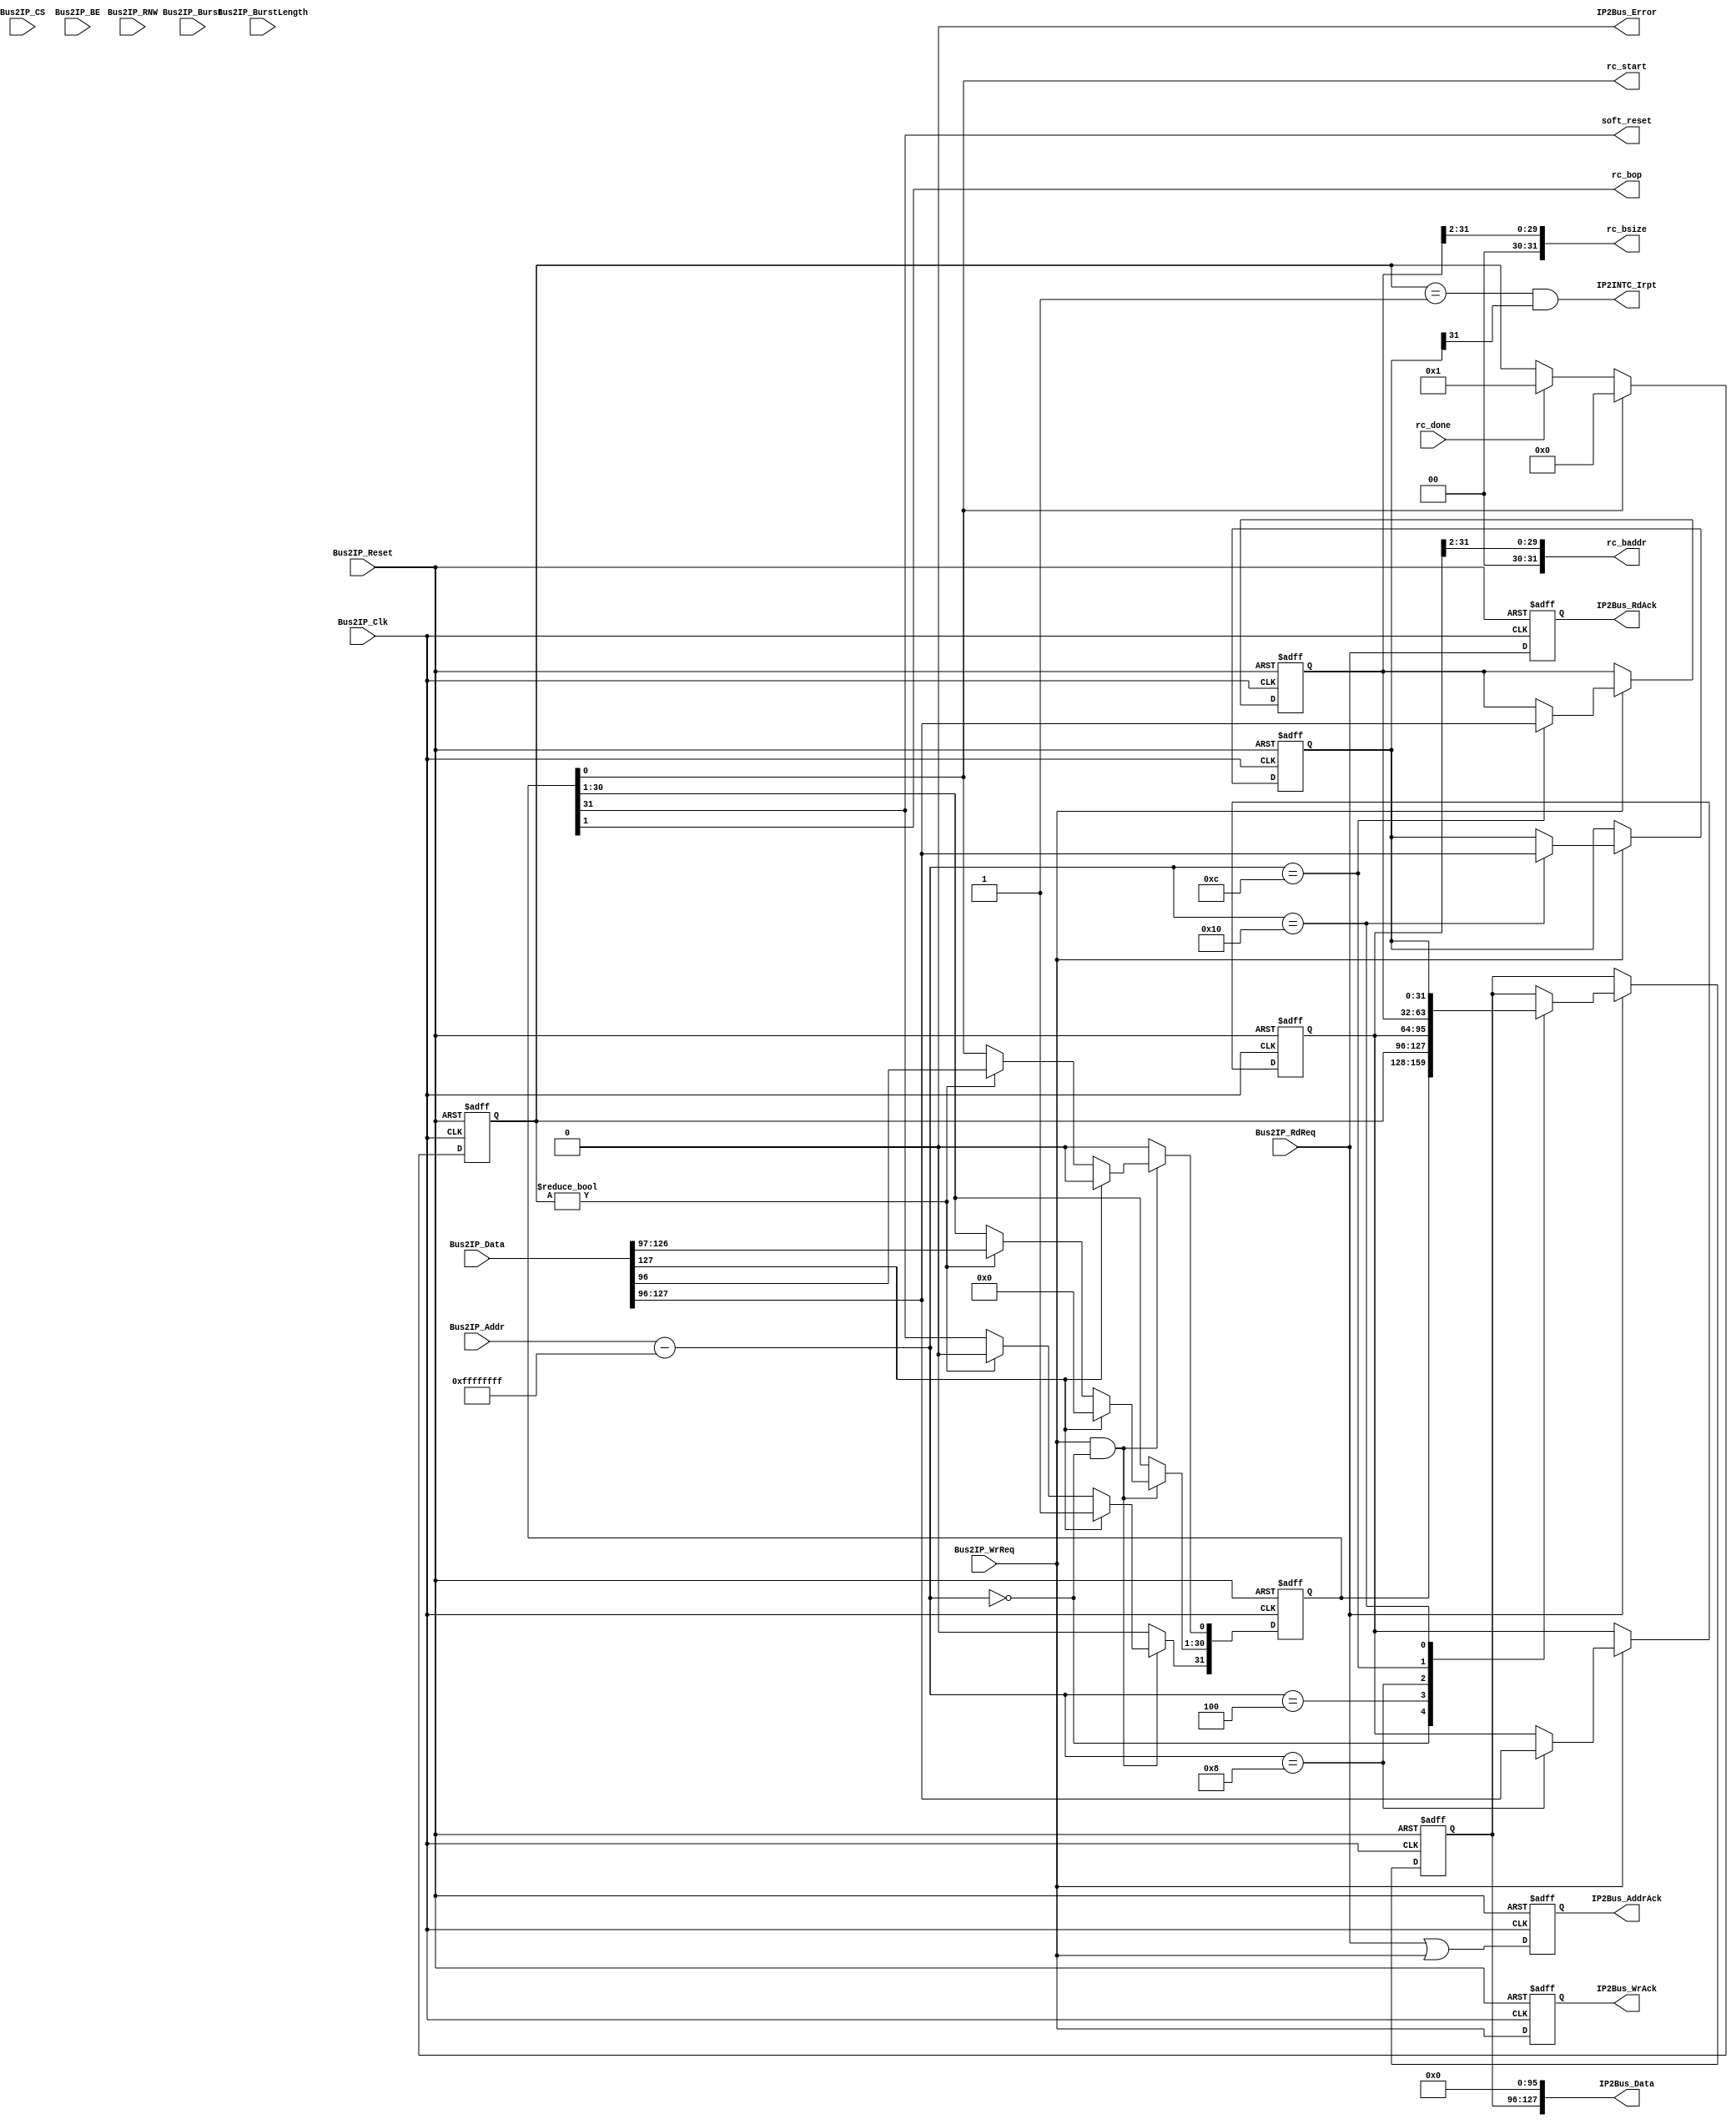
module icapi_regs # (
	parameter C_DWIDTH          = 128,
	parameter C_MEM_BASEADDR    = 'hffffffff,
	parameter C_MEM_HIGHADDR    = 'h00000000
)
(
	input                       Bus2IP_Clk,
	input                       Bus2IP_Reset,
	input      [31:0]           Bus2IP_Addr,
	input                       Bus2IP_CS,
	input                       Bus2IP_RNW,
	input      [C_DWIDTH-1:0]   Bus2IP_Data,
	input      [C_DWIDTH/8-1:0] Bus2IP_BE,
	input                       Bus2IP_Burst,
	input      [8:0]            Bus2IP_BurstLength,
	input                       Bus2IP_RdReq,
	input                       Bus2IP_WrReq,
	output reg                  IP2Bus_AddrAck,
	output     [C_DWIDTH-1:0]   IP2Bus_Data,
	output reg                  IP2Bus_RdAck,
	output reg                  IP2Bus_WrAck,
	output                      IP2Bus_Error,
	
	output                      soft_reset,
	output                      rc_start,
	output                      rc_bop,
	output     [31:0]           rc_baddr,
	output     [31:0]           rc_bsize,
	input                       rc_done,
	
	output                      IP2INTC_Irpt
);
	
	`define ICAPI_OP_RdCfg 'h0
	`define ICAPI_OP_WrCfg 'h1
	
	`define ICAPI_IS_BUSY  'h0
	`define ICAPI_IS_DONE  'h1
	`define ICAPI_IS_ERROR 'h3

	reg [31:0]  m_ctrl;
	reg [31:0]  m_stat;
	reg [31:0]  m_bitstream_addr; // Bitstream Address in bytes
	reg [31:0]  m_bitstream_size; // Bitstream Size in bytes
	reg [31:0]  m_ier;

	reg [31:0]  read_data;    // MSB 32bit of IP2Bus_Data
	wire [31:0] written_data; // MSB 32bit of Bus2IP_Data
	
	 // WAR: For 128bit, the valid data does not always appear on MSB
	 // In fact, the valid bit position is defined by BE
	 // So the following code actually only support 32bit DWidth
	
	generate begin if (C_DWIDTH>32)
		assign IP2Bus_Data[C_DWIDTH-32-1:0] = {C_DWIDTH-32{1'b0}};
	end endgenerate
	assign IP2Bus_Data[C_DWIDTH-1:C_DWIDTH-32] = read_data;
	
	assign written_data = Bus2IP_Data[C_DWIDTH-1:C_DWIDTH-32]; 
	
//-------------------------------------------------------------------
// Read Regs
//-------------------------------------------------------------------
	
	always @(posedge Bus2IP_Clk or posedge Bus2IP_Reset) begin
		if (Bus2IP_Reset) begin
			IP2Bus_AddrAck <= 1'b0;
			IP2Bus_RdAck <= 1'b0;
			IP2Bus_WrAck <= 1'b0;
		end else begin
			IP2Bus_AddrAck <= (Bus2IP_RdReq || Bus2IP_WrReq);
			IP2Bus_RdAck <= Bus2IP_RdReq;
			IP2Bus_WrAck <= Bus2IP_WrReq;
		end
	end
	
	always @(posedge Bus2IP_Clk or posedge Bus2IP_Reset) begin
		if (Bus2IP_Reset) begin
			read_data <= 32'h0;
		end else begin
			if (Bus2IP_RdReq) begin
				case (Bus2IP_Addr-C_MEM_BASEADDR)
					16'h0: begin read_data <= m_ctrl ; end
					16'h4: begin read_data <= m_stat ; end
					16'h8: begin read_data <= m_bitstream_addr ; end
					16'hc: begin read_data <= m_bitstream_size ; end
					16'h10: begin read_data <= m_ier ; end
					default: begin end
				endcase
			end
		end
	end
	assign IP2Bus_Error = 1'b0;
	
	// TODO: assert BE == 0xffff ....
	// TODO: assert Address == %4 ....
	// TODO: assert Type == SINGLE_BEAT
	
//-------------------------------------------------------------------
// m_bitstream_addr
// m_bitstream_size
// m_ier
//-------------------------------------------------------------------

	always @(posedge Bus2IP_Clk or posedge Bus2IP_Reset) begin
		if (Bus2IP_Reset) begin
			m_bitstream_addr <= 32'h0;
			m_bitstream_size <= 32'h0;
			m_ier <= 32'h0;
		end else begin
			if (Bus2IP_WrReq) begin
				case (Bus2IP_Addr-C_MEM_BASEADDR)
					16'h8: begin  m_bitstream_addr <= written_data; end
					16'hc: begin  m_bitstream_size <= written_data; end
					16'h10: begin m_ier <= written_data; end
					default: begin end
				endcase
			end
		end
	end
	assign rc_baddr = m_bitstream_addr >> 2; // rc_baddr: Bitstream Size in WORDS
	assign rc_bsize = m_bitstream_size >> 2; // rc_bsize: Bitstream Size in WORDS
	
//-------------------------------------------------------------------
// m_ctrl
//-------------------------------------------------------------------

	always @(posedge Bus2IP_Clk or posedge Bus2IP_Reset) begin
		if (Bus2IP_Reset) begin
			m_ctrl <= 32'h0;
		end else begin
			if ((Bus2IP_WrReq) && ((Bus2IP_Addr-C_MEM_BASEADDR)==32'h0)) begin
				
				if (written_data[31]) begin // TODO: Soft Reset
					m_ctrl[31]   <= 1'b1;
					m_ctrl[30:0] <= 'h0;
				end else if (m_stat!=`ICAPI_IS_BUSY) begin
					m_ctrl <= written_data;
				end
				
			end else begin
				m_ctrl[31] <= 1'b0; // ICAPI_RESET only last one cycle
				m_ctrl[0]  <= 1'b0; // ICAPI_START only last one cycle
			end
			
		end
	end
	assign soft_reset = m_ctrl[31];// ICAPI_RESET == 1
	assign rc_bop     = m_ctrl[1]; // ICAPI_OP
	assign rc_start   = m_ctrl[0]; // ICAPI_START == 1: Start ICAPI && Clear m_stat
	
//-------------------------------------------------------------------
// m_stat
// IP2INTC_Irpt
//-------------------------------------------------------------------
	
	always @(posedge Bus2IP_Clk or posedge Bus2IP_Reset) begin
		if (Bus2IP_Reset) begin
			m_stat <= `ICAPI_IS_DONE;
		end else begin
			if (rc_start) m_stat <= `ICAPI_IS_BUSY;     // NOTE: One cycle later than rc_start
			else if (rc_done) m_stat <= `ICAPI_IS_DONE; // NOTE: One cycle later than rc_done
			
		end
	end
	assign IP2INTC_Irpt = ((m_stat == `ICAPI_IS_DONE) && m_ier[31]); // SIGIS = INTERRUPT, SENSITIVITY = LEVEL_HIGH

endmodule